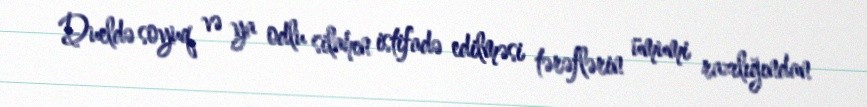
Dueldə soyuq və ya odlu silahın istifadə edilməsi tərəflərin ümumi razılığından